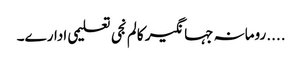
....رومانہ جہانگیر کالم	نجی تعلیمی ادارے۔